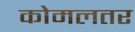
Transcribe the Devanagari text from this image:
कोमलतर